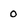
Character: 0